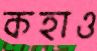
কহাও